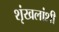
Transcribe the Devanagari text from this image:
शृंखलांशी